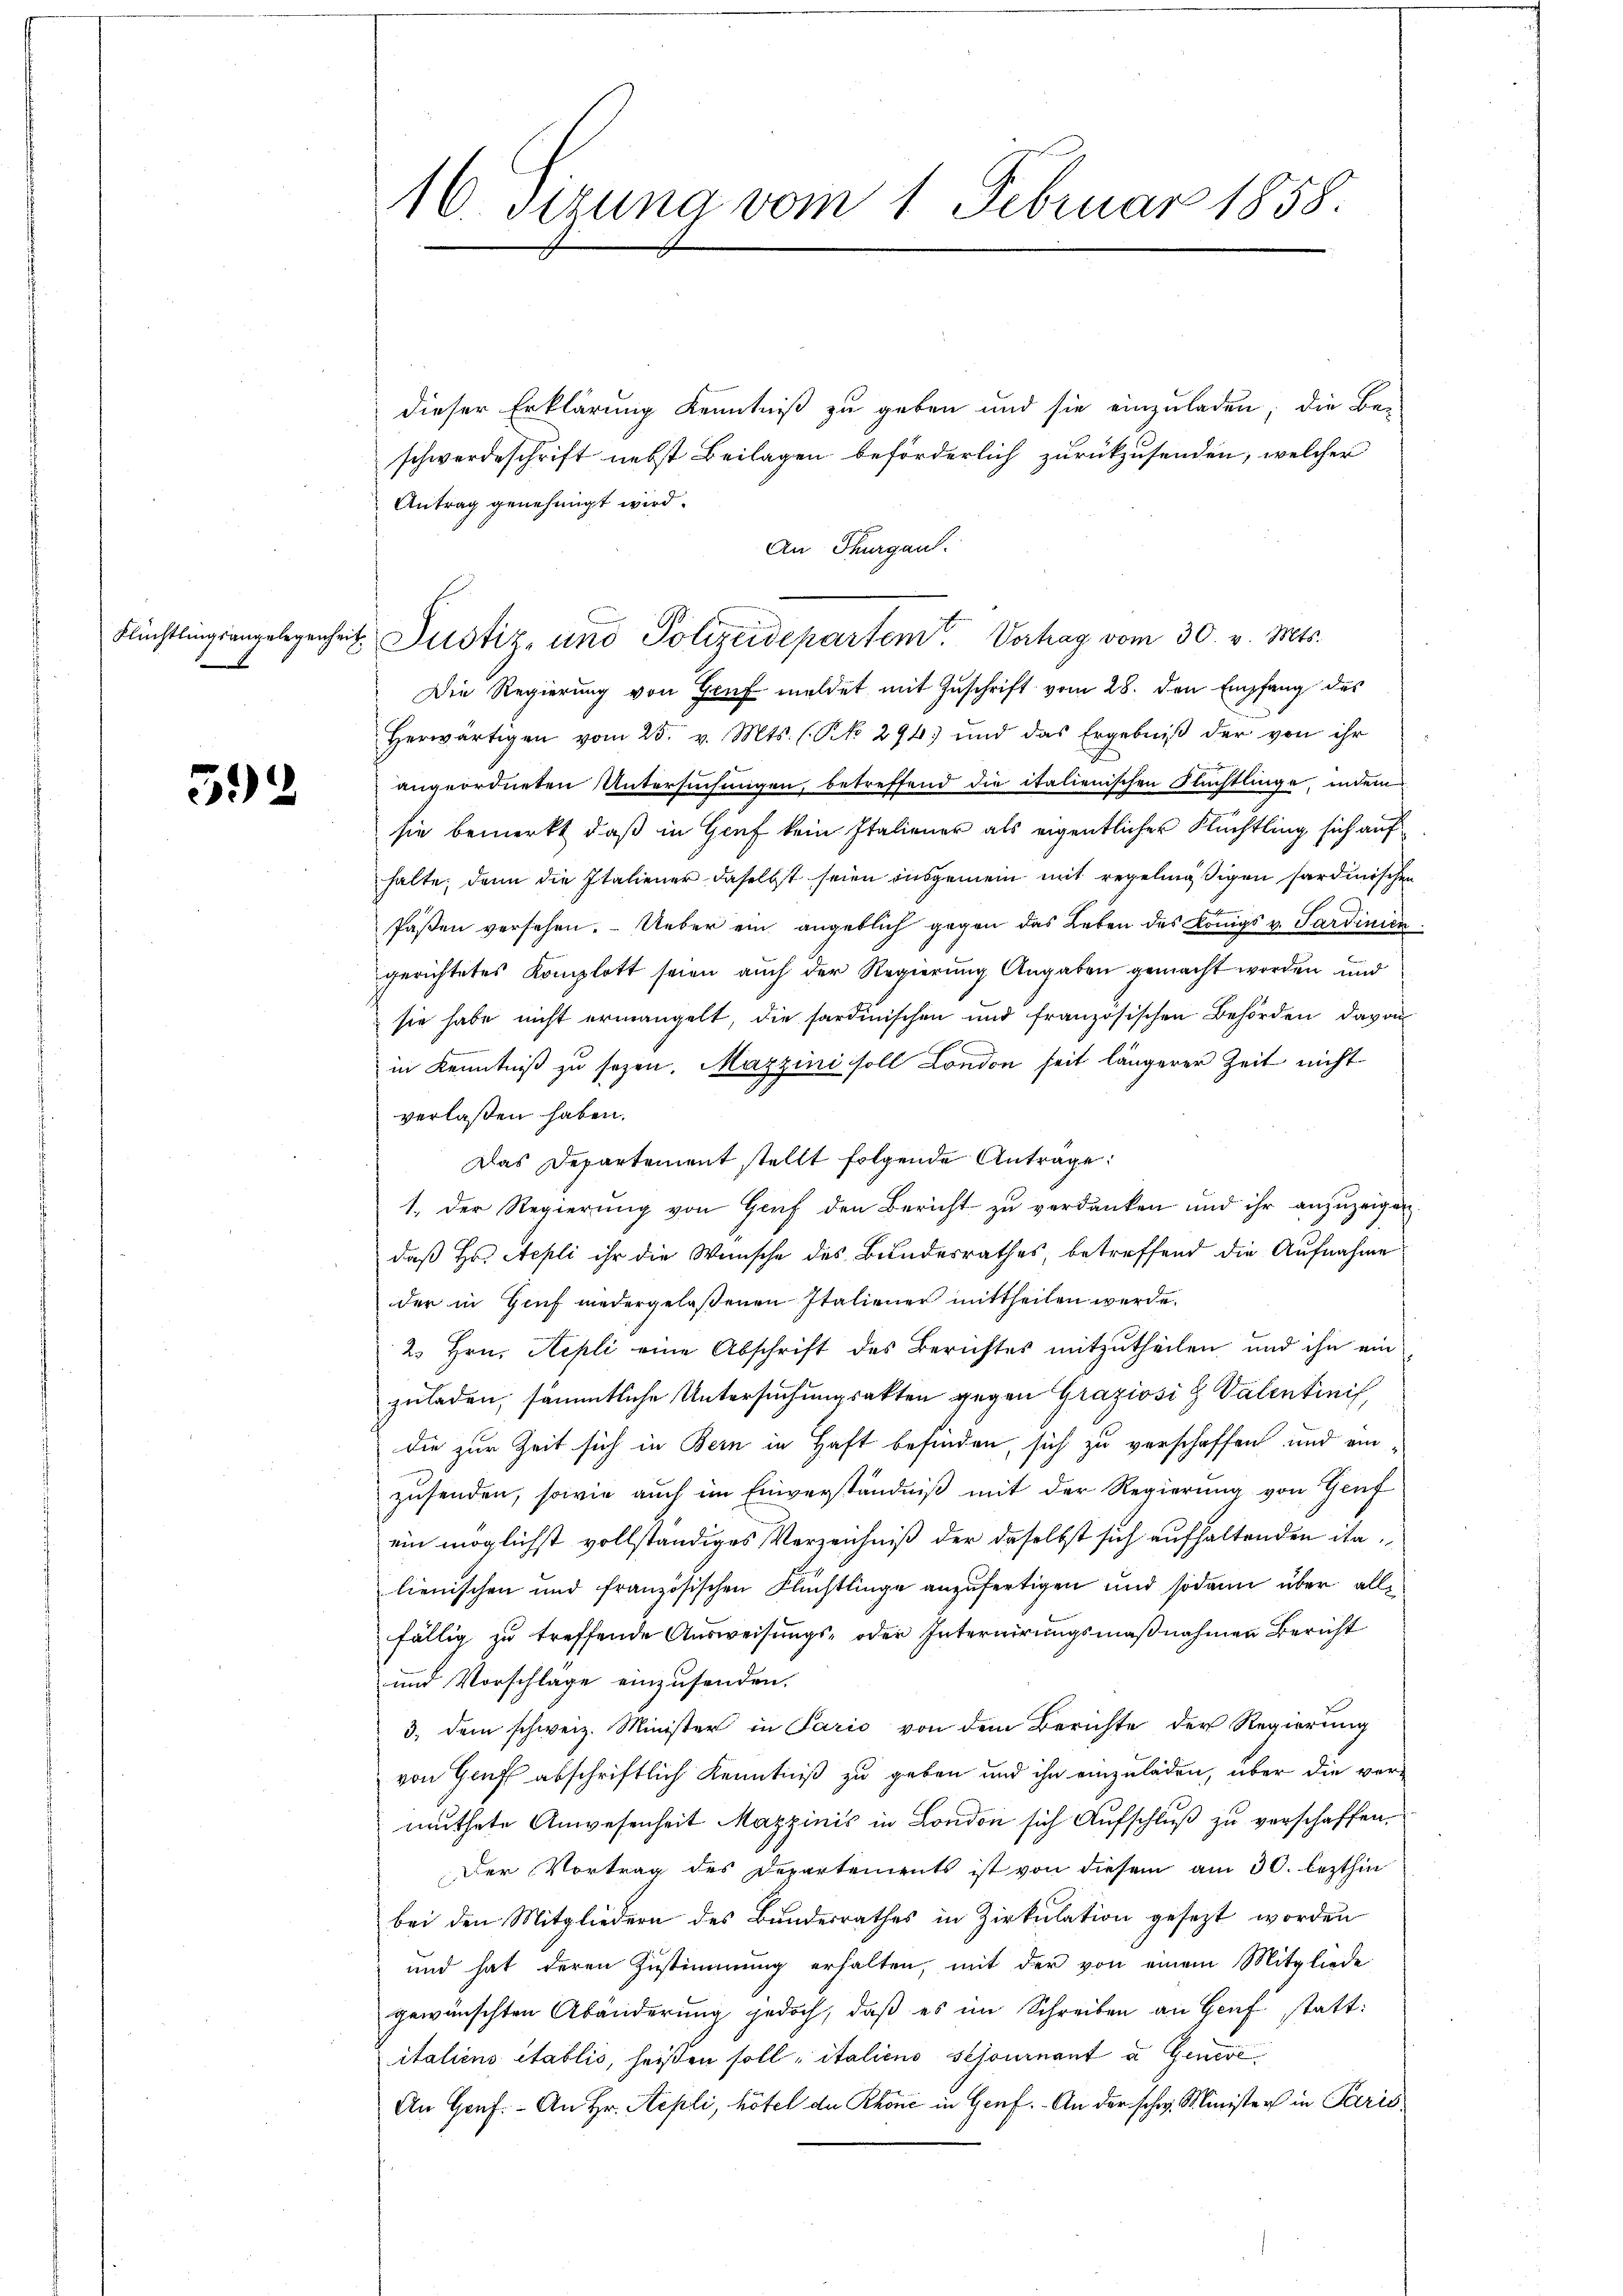
52

16. dizung vom 1. Februar 1858.

dieser Erklärung Kenntniß zu geben und sie einzuladen; die Be-
schwerdeschrift nebst Beilagen beförderlich zurückzusenden, welcher
Antrag genehmigt wird.
An Thurgau.
Flüchtlingsangelegenheit Justiz- und Polizeidepartem Verhag vom 30. v. Mts.
Die Regierung von Genf meldet mit Zuschrift vom 28. den Empfang des
herwärtigen vom 25. v. Mts. (Rk 294 und das Ergebniβ der von ihr
 unan
angeordneten Untersuchungen, betreffend die italienischen Flüchtlinge, indem
sie bemerkt, daß in Genf kein Italiener als eigentlicher Flüchtling sich auf
halte; dann die Italiener daselbst seien ausgemein mit regelmäßigen sardinischen
faßen versehen. Ueber ein angeblich gegen das Leben des Königs v. Sardinien
gerichtetes Komplott seien auch der Regierung Angaben gemacht worden und
sie habe nicht ermangelt, die sardinischen und französischen Behörden davon
in Kenntniß zu sezen. Mazzini soll London seit längerer Zeit nicht
verlaßen haben.
Das Departement stellt folgende Anträge:
1. Der Regierung von Gruf den Bericht zu verdanken und ihr anzuzeigen
daß Hr. Aepli ihr die Wünsche des Bundesrathes, betreffend die Aufnahme
der in Genf niedergelaßenen Italiener mittheilen werde.
2. Hrn. Repli eine Abschrift des Berichtes mitzutheilen und ihn ein
zuladen, sämmtliche Untersuchungsakten gegen Graziosi g Valentinif
die zur Zeit sich in Bern in Haft befinden, sich zu verschaffen und ein
zusenden, sowie auch im Einverständniß mit der Regierung von Genf
ein möglichst vollständiges Verzeichniß der daselbst sich aufhaltenden italienischen und französischen Flüchtlinge anzufertigen und sodann über allfällig zu treffende Ausweisungs- oder Internirungsmaßnahmen Bericht
und Vorschläge einzusenden.
3. dem schweiz. Minister in Paris von dem Berichte der Regierung
von Genf abschriftlich Kenntniß zu geben und ihn einzuladen, über die vermuthete Anwesenheit Mazzinis in London sich Aufschluß zu verschaffen,
Der Vortrag des Departements ist von diesem am 30. lezthin
bei den Mitgliedern des Bundesrathes in Zirkulation gesezt worden
und hat deren Zustimmung erhalten, mit der von einem Mitgliede
gewünschten Abänderung jedoch, daß es im Schreiben an Genf statt:
italiens établis, heißen soll, italieno schonenant u. Genere
An Graf. - An Hr. Sepli, hötel da Rhone in Genf. - An der schw. Minister in Paris